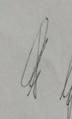
Signature authenticity: genuine